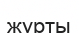
журты